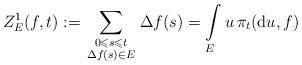
LaTeX: \begin{align*}Z^1_E(f,t):= \sum_{\begin{smallmatrix}0\leqslant s \leqslant t\\ \Delta f(s)\in E\end{smallmatrix}} \Delta f(s) = \int\limits_E u \,\pi_t({\rm d}u, f)\end{align*}